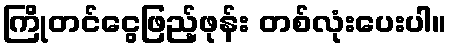
ကြိုတင်ငွေဖြည့်ဖုန်း တစ်လုံးပေးပါ။